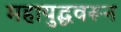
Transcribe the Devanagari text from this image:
महायुद्धवरून